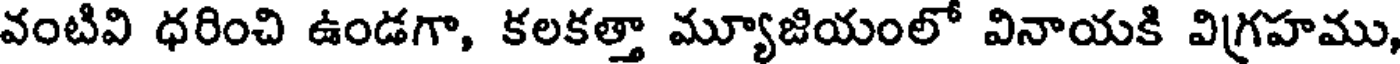
వంటివి ధరించి ఉండగా, కలకత్తా మ్యూజియంలో వినాయకి విగ్రహము,